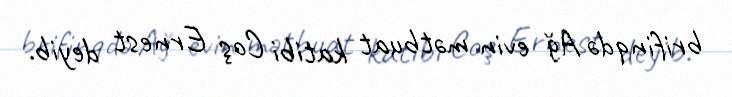
brifinqdə Ağ evin mətbuat katibi Coş Ernest deyib.